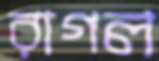
রাগল